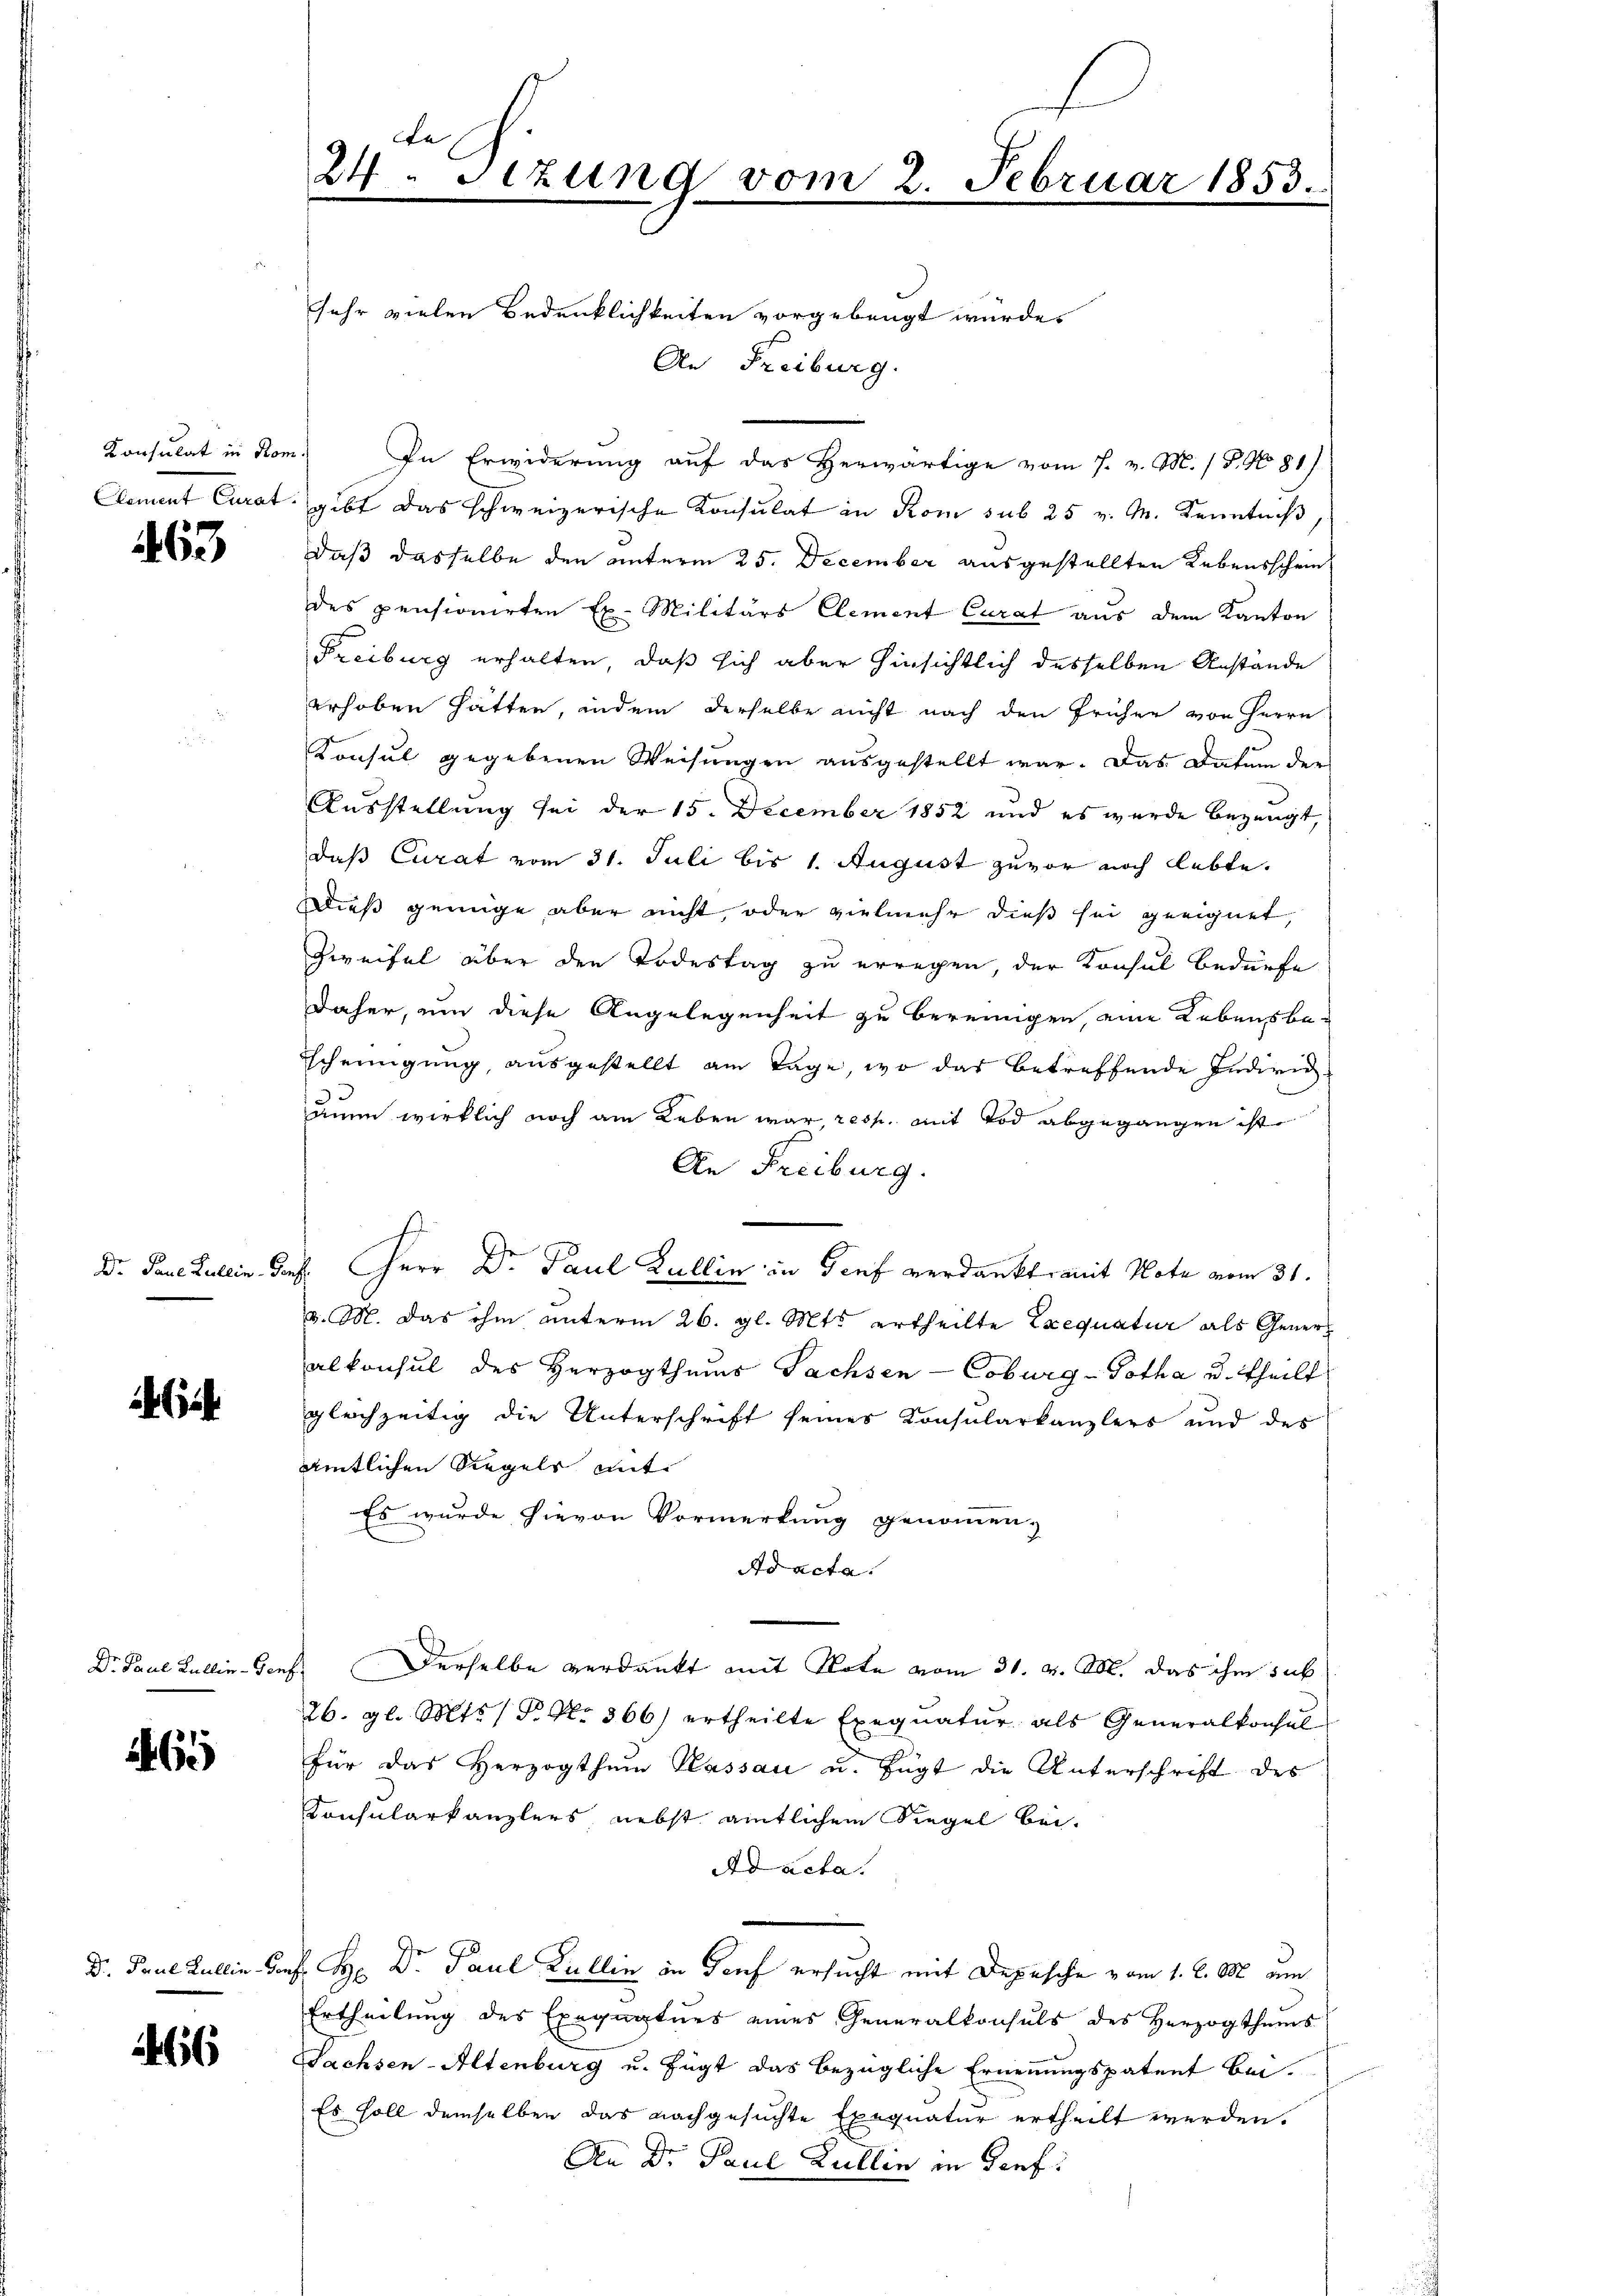
Konsulat in Rom.
Clement Curat

463

Dr. Paue Zulein. Ge

624.

Dr. Paul Lullin - Genf

1465

Dr. Paul Lullin-Gen

66

e
24. Sizung vom 2. Februar 1853.

sehr vielen Bedenklichkeiten vorgebeugt wurde.
An Freiburg.
In Erwiderung auf das Herwärtige vom 7. v. M. / P. No 81)
gibt das schweizerische Konsulat in Rom sub 25 v. M. Kenntniß
daß dasselbe den unterm 25. December ausgestellten Lebensscheindes pensionirten Ex. Militärs Clement Curat aus dem Kanton
Freiburg erhalten, daß sich aber hinsichtlich desselben Anstände
erhoben hätten, indem derselbe nicht nach den früher von Herrn
Konsul gegebenen Weisungen ausgestellt war. Das Datum der
Ausstellung sei der 15. December 1852 und es wurde bezeugt,
daß Curat vom 31. Juli bis 1. August zuvor noch lebte.
Dieß genüge aber nicht, oder vielmehr dieß sei geeignet,
Zweifel über den Todestag zu erregen, der Konsul bedürfe
daher, um diese Angelegenheit zu bereingen eine Lebensbe-
scheinigung, ausgestellt am Tage wo das betreffende Individ
anen wirklich noch am Leben war, resp. mit Tod abgegangen ist.
An Freiburg.
2 Herr Dr. Paul Kullin in Genf verdankt mit Note vom 31.
v. M. das ihm unterm 26. gl. Mts. ertheilte Exequatur als Generalkonsul des Herzogthums Sachsen-Coburg-Gotha u. theilt
glechzeitig die Unterschrift seines Konsularkanzlers und des
amtlichen Siegels mit
Es wurde hievon Vormerkung genommen,
Ad acta.
Derselbe verdankt mit Note vom 31. v. M. das ihm sub
26. gl. Mts. 1 P. Nr. 366) ertheilte Exequatur als Generalkonsul
für das Herzogthum Kassau u. fügt die Unterschrift des
Consularkanzlers, nebst amtlichem Siegel bei.
Ad acta.
H. Dr. Paul Kullin in Torf ersucht mit Depesche vom 1. l. M. um
Ertheilung des Exequaturs eines Generalkonsuls des Herzogthums
Sachsen-Altenburg u. fügt das bezügliche Ernennungspatent bei.
Es soll demselben das nachgesuchte Exequatur ertheilt werden.
An Dr. Paul Lullin in Dorf.